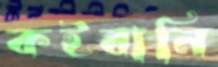
কইবানি